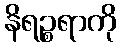
နိရဉ္စရာကို